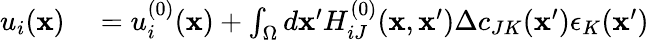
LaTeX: \begin{array}{rl}{u_{i}({\mathbf x})}&{{}=u_{i}^{(0)}({\mathbf x})+\int_{\Omega}d{\mathbf x}^{\prime}H_{iJ}^{(0)}({\mathbf x},{\mathbf x}^{\prime})\Delta c_{JK}({\mathbf x}^{\prime})\epsilon_{K}({\mathbf x}^{\prime})}\end{array}